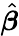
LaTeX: \hat{\boldsymbol\beta}